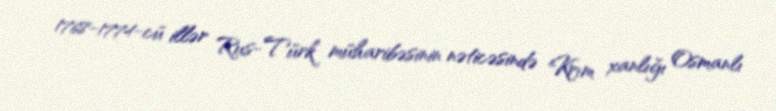
1768-1774-cü illər Rus-Türk müharibəsinin nəticəsində Krım xanlığı Osmanlı